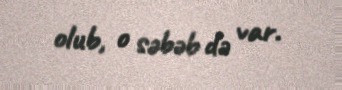
olub, o səbəb də var.